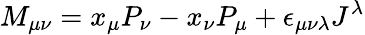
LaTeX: M_{\mu\nu}=x_{\mu}P_{\nu}-x_{\nu}P_{\mu}+\epsilon_{\mu\nu\lambda}J^{\lambda}